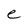
Character: e